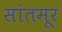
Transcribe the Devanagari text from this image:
सांतमूर